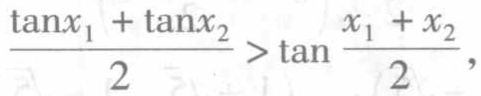
\frac{\tan x_{1}+\tan x_{2}}{2}>\tan\frac{x_{1} + x_{2}}{2},